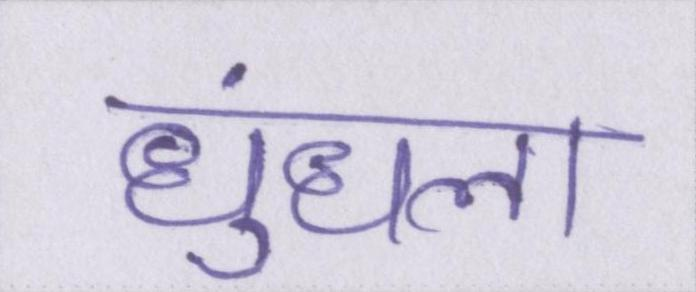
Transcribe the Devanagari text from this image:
धुंधला